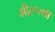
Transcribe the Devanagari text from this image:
भीरूरथी